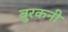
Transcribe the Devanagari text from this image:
बुरकनी